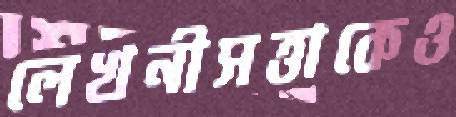
লেখনীসত্তাকেও